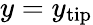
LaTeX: y=y_{\mathrm{tip}}